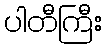
ပါတီကြီး